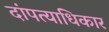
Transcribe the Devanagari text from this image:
दांपत्याधिकार